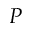
P